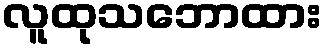
လူထုသဘောထား